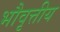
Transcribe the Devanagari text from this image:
भौवृत्तीय